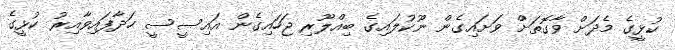
ކުޅީގެ މެދަށް ވާގޮތަށް ވަށައިގެން ނޫކުލައިގެ ބިއްލޫރި ޖަހައިގެން އައިސީސީ ހަދާފައިވާއިރު ކުޅީގެ